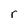
Character: r